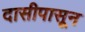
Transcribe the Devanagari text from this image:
दासीपासून